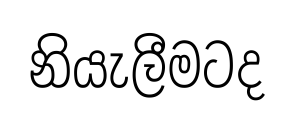
නියැලීමටද